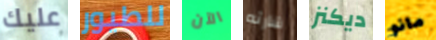
عليك للطيور الآن شارته ديكنز مانو